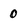
Character: 0